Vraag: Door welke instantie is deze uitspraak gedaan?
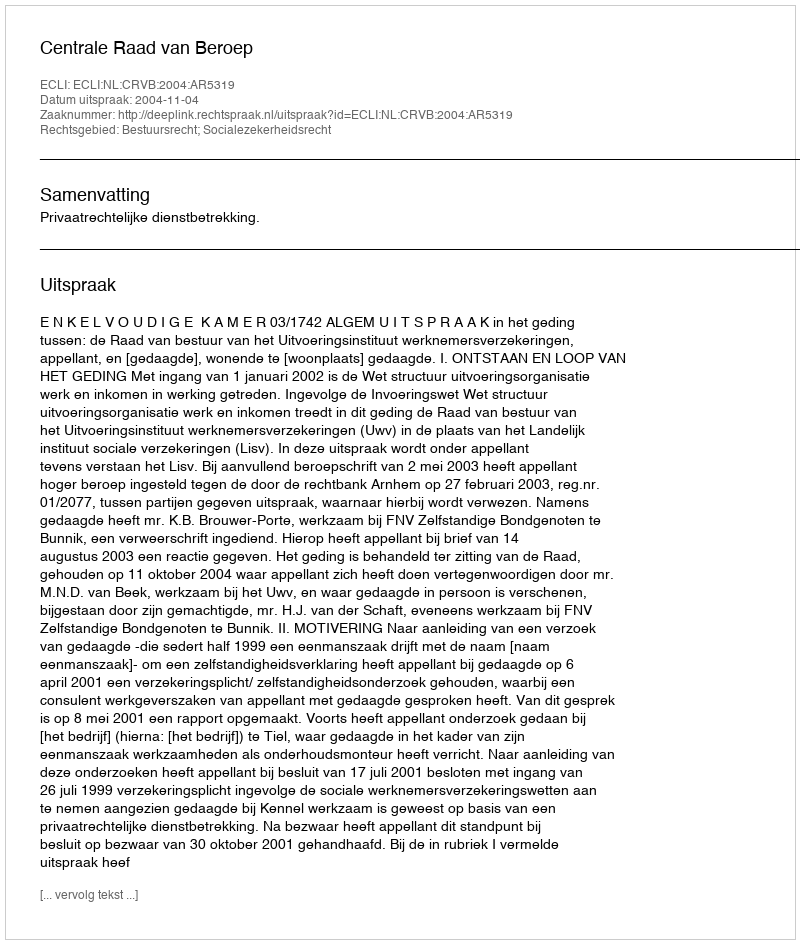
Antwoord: Centrale Raad van Beroep